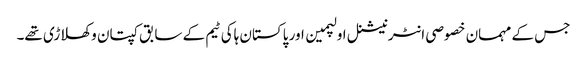
جس کے مہمان خصوصی انٹرنیشنل اولپمین اور پاکستان ہاکی ٹیم کے سابق کپتان و کھلاڑی تھے۔